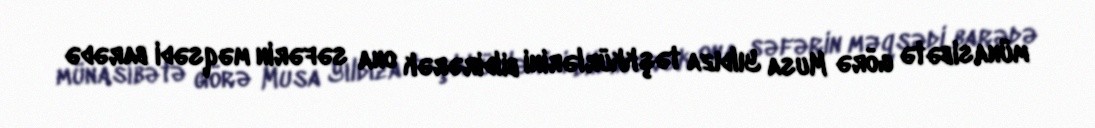
münasibətə görə Musa Yıldıza təşkkürlərini bildirərək ona səfərin məqsədi barədə